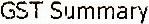
GST SUMMARY